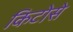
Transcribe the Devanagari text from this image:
किटोसे